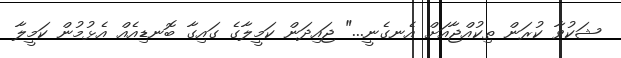
ޝަކުވާ ކުރަން ތިކުއްޖާއަށް އެނގެނީ..." ޖައިދަން ކަމީލާގެ ގައިގާ ބޮނޑިއެއް އެޅުމުން ކަމީލާ